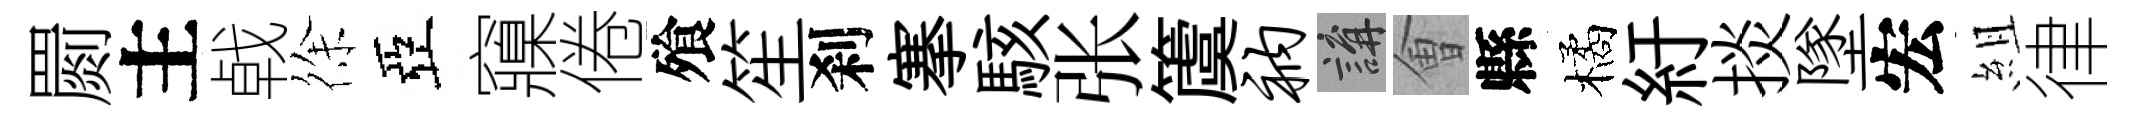
罽主㦸徐亞䆿倦飱笙刹搴駭张𥵂衲講㑹縣橘紆掞墜宏組律